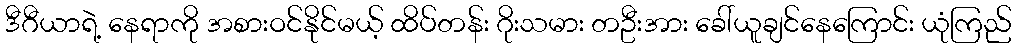
ဒီဂီယာရဲ့ နေရာကို အစားဝင်နိုင်မယ့် ထိပ်တန်း ဂိုးသမား တဦးအား ခေါ်ယူချင်နေကြောင်း ယုံကြည်